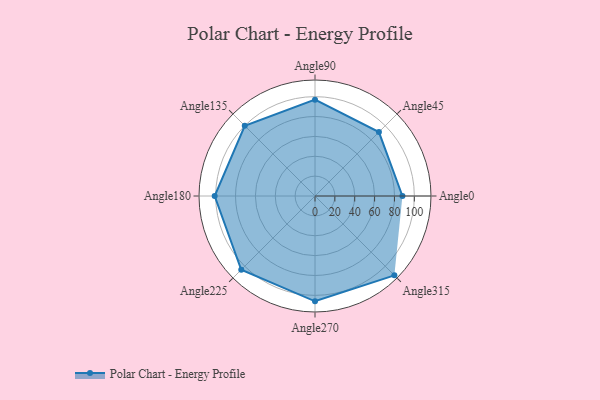
{"axis": {"x": "Angle", "y": "Radius"}, "legend": [""], "data": [{"x": "Angle0", "y": 88.0, "type": ""}, {"x": "Angle45", "y": 91.0, "type": ""}, {"x": "Angle90", "y": 97.0, "type": ""}, {"x": "Angle135", "y": 100.0, "type": ""}, {"x": "Angle180", "y": 101.0, "type": ""}, {"x": "Angle225", "y": 105.0, "type": ""}, {"x": "Angle270", "y": 106.0, "type": ""}, {"x": "Angle315", "y": 113.0, "type": ""}]}